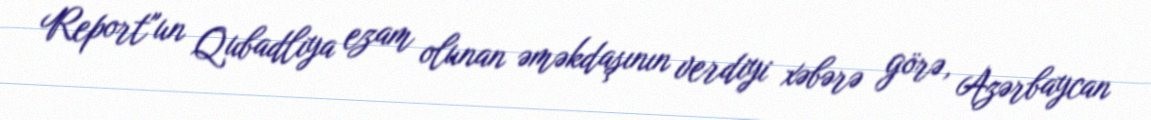
Report"un Qubadlıya ezam olunan əməkdaşının verdiyi xəbərə görə, Azərbaycan